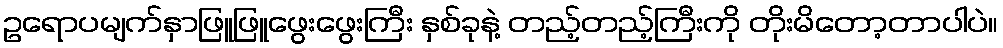
ဥရောပမျက်နှာဖြူဖြူဖွေးဖွေးကြီး နှစ်ခုနဲ့ တည့်တည့်ကြီးကို တိုးမိတော့တာပါပဲ။